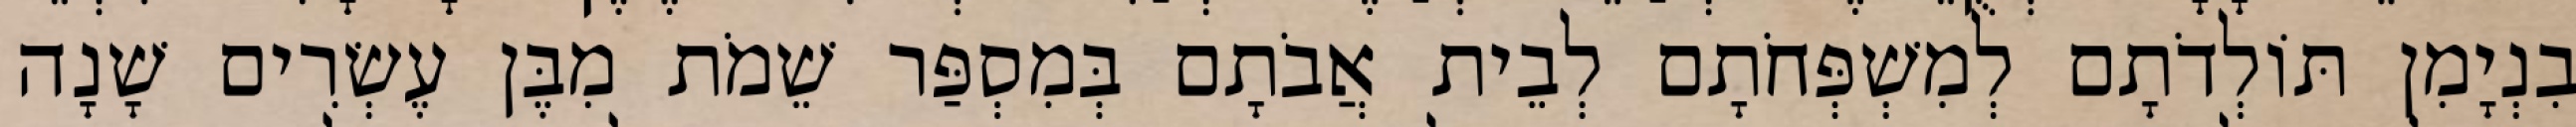
בִנְיָמִן תּוֹלְדֹתָם לְמִשְׁפְּחֹתָם לְבֵית אֲבֹתָם בְּמִסְפַּר שֵׁמֹת מִבֶּן עֶשְׂרִים שָׁנָה